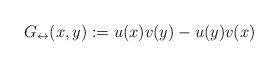
LaTeX: \begin{align*} G_\leftrightarrow(x,y):=u(x) v(y)-u(y) v(x)\end{align*}